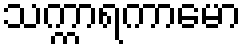
သက္ကာရကာမော